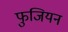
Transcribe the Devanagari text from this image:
फुजियन